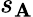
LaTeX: s_{\mathbf{A}}